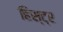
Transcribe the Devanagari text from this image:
हिस्ट्र